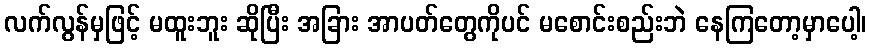
လက်လွန်မှဖြင့် မထူးဘူး ဆိုပြီး အခြား အာပတ်တွေကိုပင် မစောင်းစည်းဘဲ နေကြတော့မှာပေါ့၊